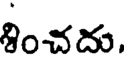
శించదు,